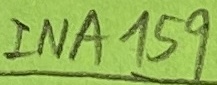
Text: INA159